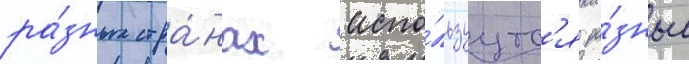
ра́зных стра́нах испо́льзуутс'я ра́зные